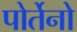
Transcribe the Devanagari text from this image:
पोर्तेनो